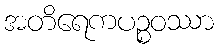
အတိရေကပဉ္စဝဿာ